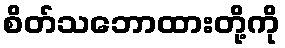
စိတ်သဘောထားတို့ကို